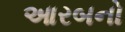
આરબનો